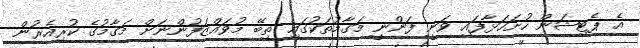
އެ ޕެޓިޝަން ހުށަހަޅާފައި ވަނީ ފަންނީ މަގާމުތަކުގައި ތިބޭ މުވައްޒަފުންނަށް މަގާމުގެ ކުރިއެރުން